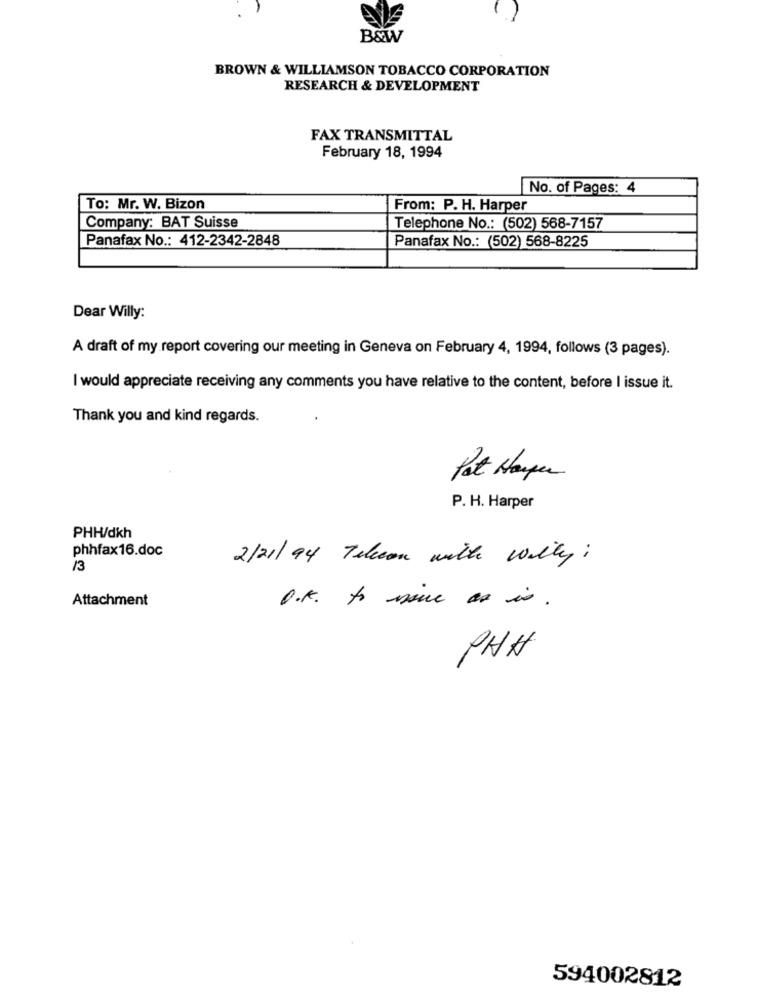
1
B&W
BROWN & WILLIAMSON TOBACCO CORPORATION
RESEARCH & DEVELOPMENT
FAX TRANSMITTAL
February 18, 1994
No. of Pages: 4
To: Mr. W. Bizon
From: P. H. Harper
Company: BAT Suisse
Telephone No .: (502) 568-7157
Panafax No .: 412-2342-2848
Panafax No .: (502) 568-8225
Dear Willy:
A draft of my report covering our meeting in Geneva on February 4, 1994, follows (3 pages).
I would appreciate receiving any comments you have relative to the content, before I issue it.
Thank you and kind regards.
Pat Homper
P. H. Harper
PHH/dkh
phhfax 16.doc
2/21/94 Telecon with willy ;
13
Attachment
O.K. to issue is .
PHA
594002812